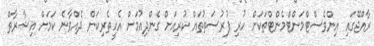
ރާއްޖޭގައި އިންވެސްޓްމަންޓްމެންޓްތަކަށް ހުރި ފުރުސަތުތައް ކުރިއަށް ގެންދިއުމަށް އެހީތެރިކަން ދެއްވާނެ ކަމަށް އިޝާރާތް